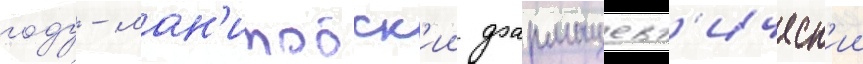
году - ман'итобск'ии фармацевт'ическ'ии